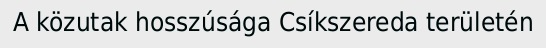
A közutak hosszúsága Csíkszereda területén